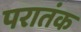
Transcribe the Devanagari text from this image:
परातंक